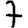
Digit: 7